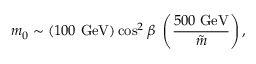
m _ { 0 } \sim { ( 1 0 0 \ \mathrm { G e V } ) } \cos ^ { 2 } { \beta } \ \left( { \frac { 5 0 0 \; \mathrm { G e V } } { \tilde { m } } } \right) ,